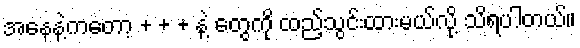
အနေနဲ့ကတော့ + + + နဲ့ တွေကို ထည့်သွင်းထားမယ်လို့ သိရပါတယ်။